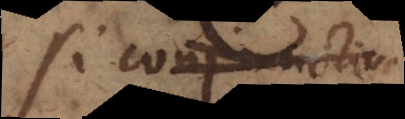
si conjunctio